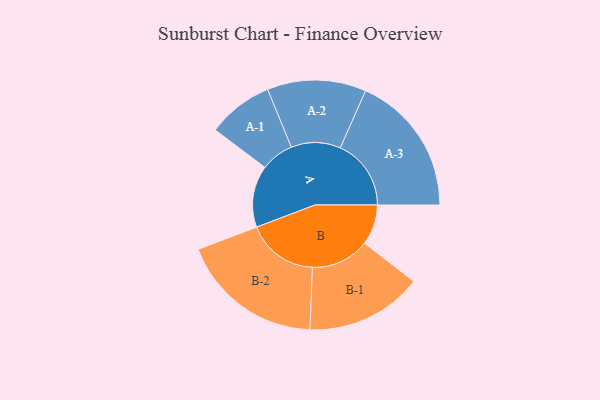
{"axis": {"x": "Segment", "y": "Value"}, "legend": ["", "A", "B"], "data": [{"x": "A", "y": 225, "type": ""}, {"x": "B", "y": 147, "type": ""}, {"x": "A-1", "y": 120, "type": "A"}, {"x": "A-2", "y": 180, "type": "A"}, {"x": "A-3", "y": 258, "type": "A"}, {"x": "B-1", "y": 213, "type": "B"}, {"x": "B-2", "y": 261, "type": "B"}]}